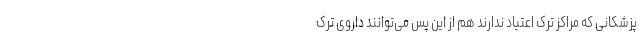
پزشکانی که مراکز ترک اعتیاد ندارند هم از این پس می‌توانند داروی ترک